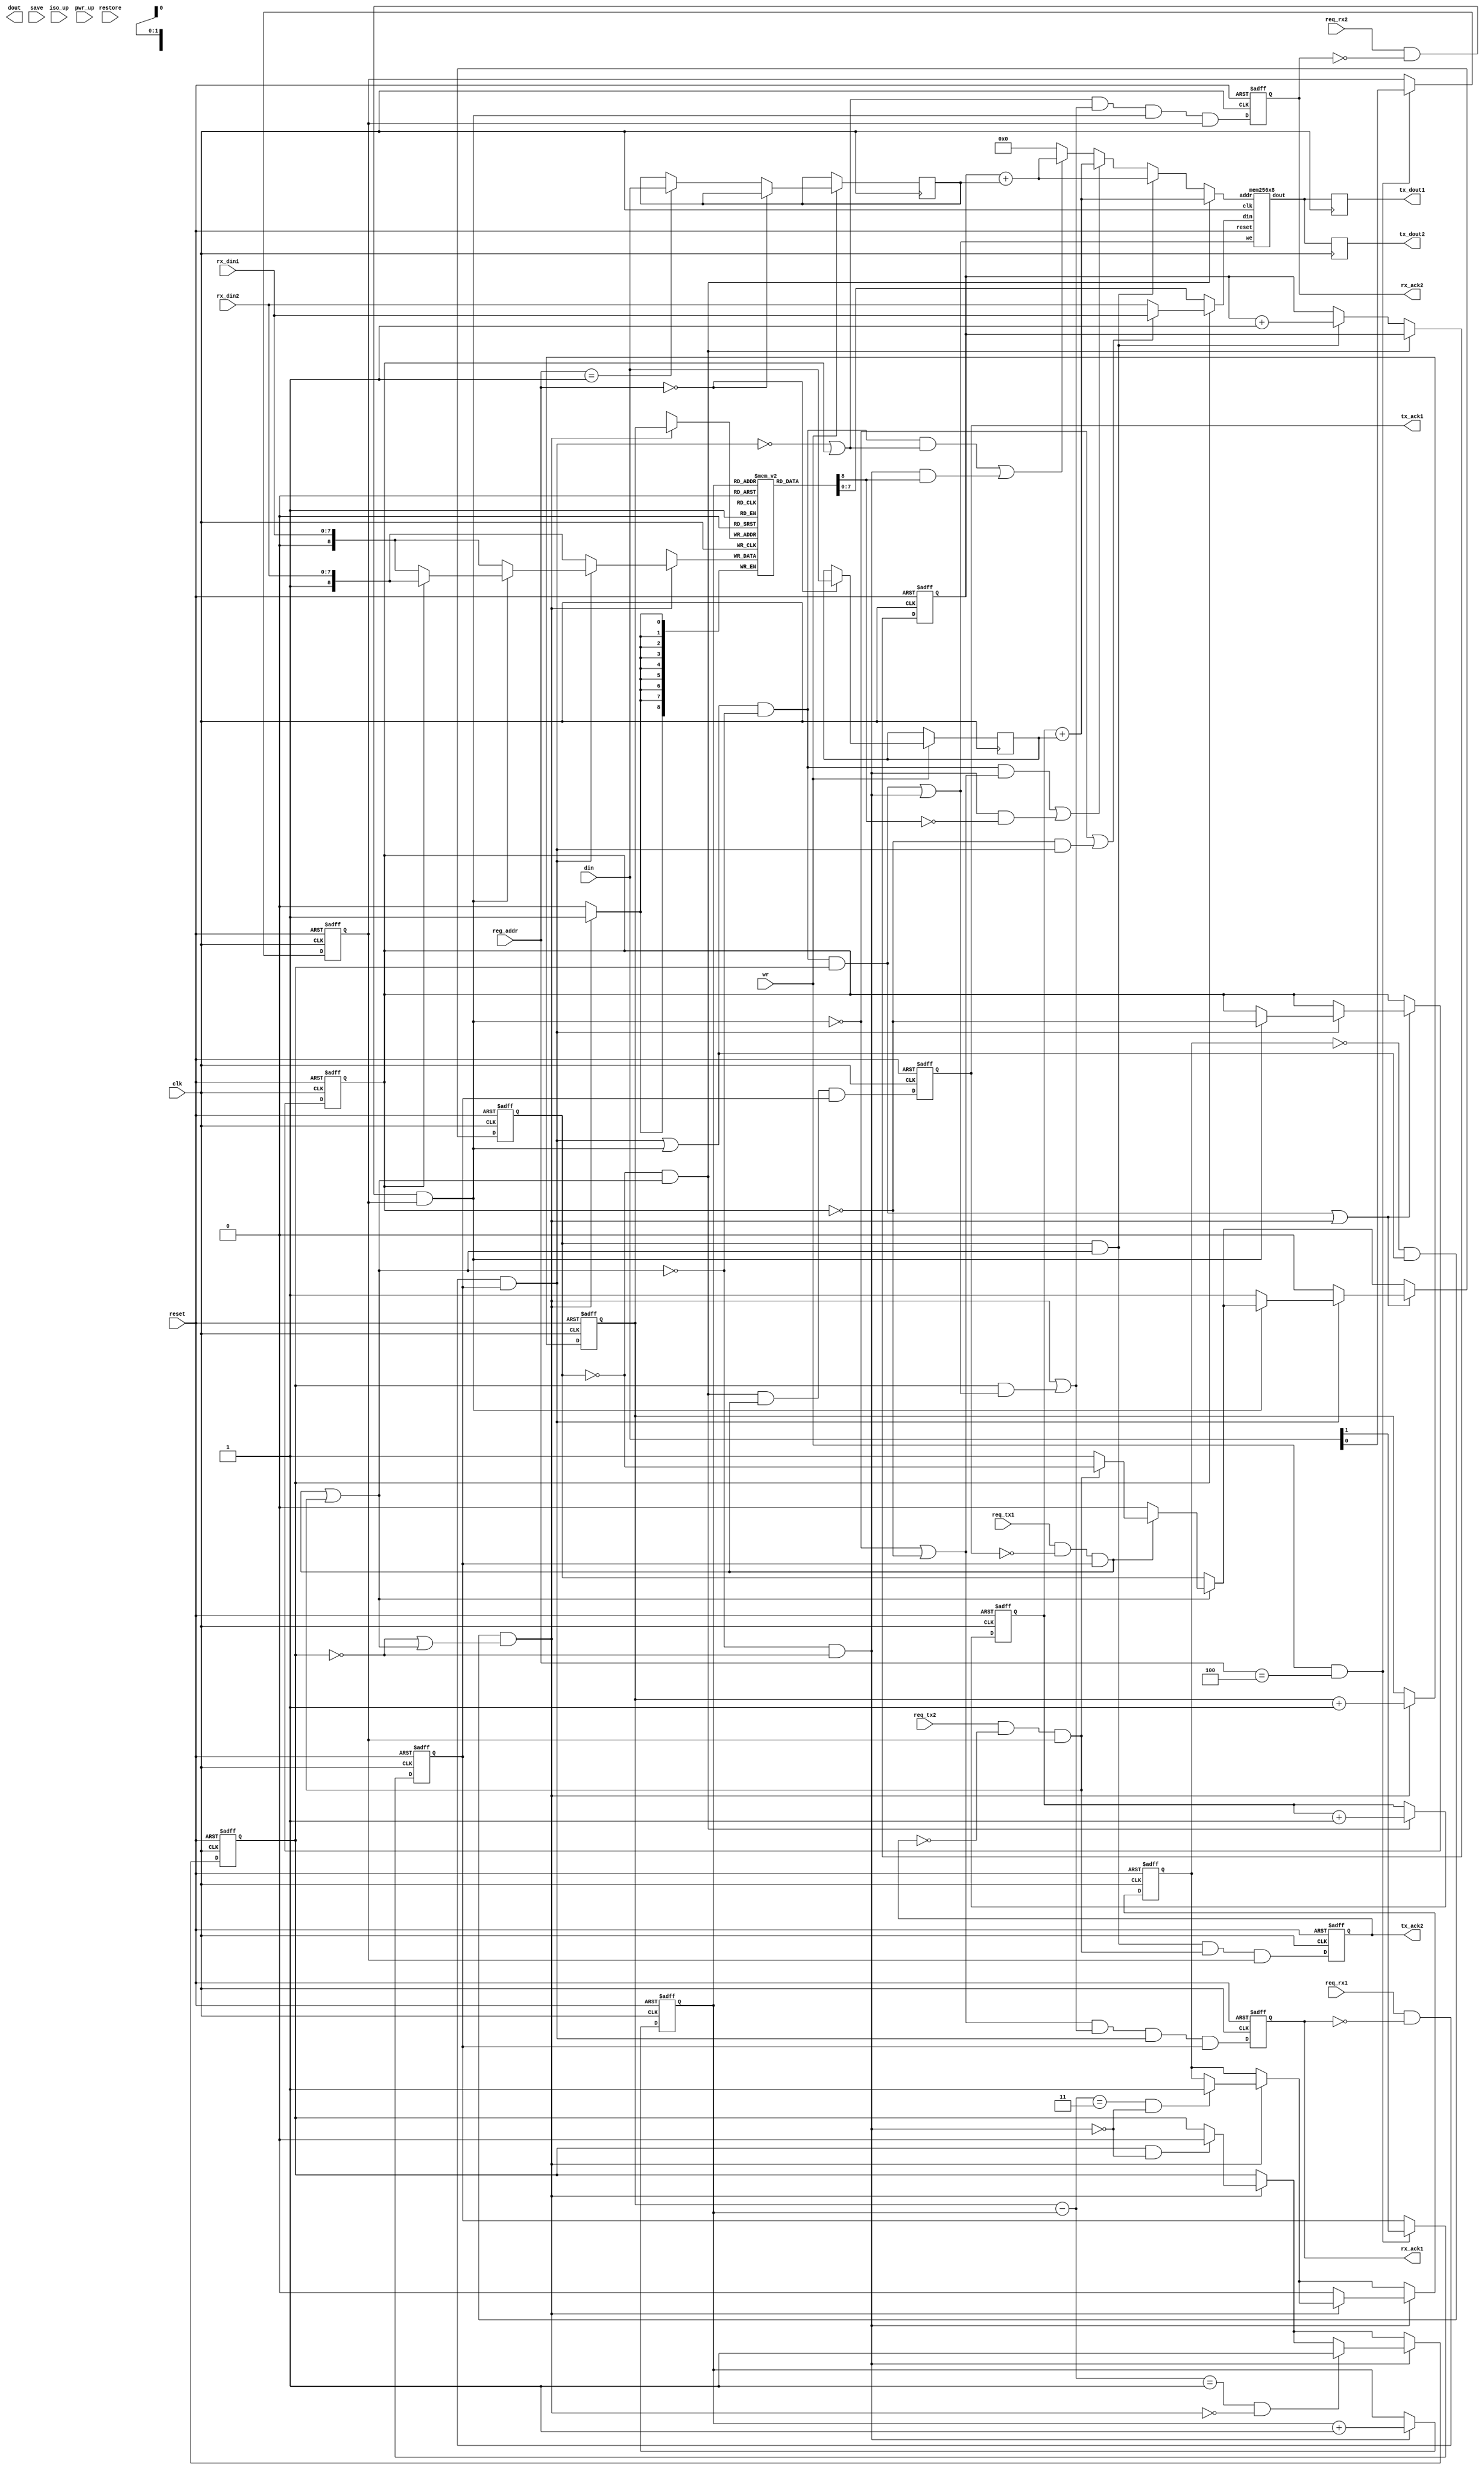
module mem_ctrl (clk, reset, 
		 req_rx1, rx_ack1, rx_din1, 
		 req_rx2, rx_ack2, rx_din2, 
		 req_tx1, tx_ack1, tx_dout1, 
		 req_tx2, tx_ack2, tx_dout2,
                 reg_addr, wr, din, dout, 
		 iso_up, pwr_up, save, restore);

   input clk, reset;
   //from/to rx
   input req_rx1, req_rx2;
   output rx_ack1, rx_ack2;
   input [7:0] din, rx_din1, rx_din2;
   
   //from/to tx
   input       req_tx1, req_tx2;
   output      tx_ack1, tx_ack2;
   output [7:0] dout, tx_dout1, tx_dout2;

   //from power-controller
   input 	iso_up, pwr_up, save, restore; //unconnected

   //from csr
   input 	wr;
   input [2:0] 	reg_addr;
   
   //temp fifo for write in case the memory is busy with reads
   reg [8:0] 	temp_wrdata[0:3];
   reg 		temp_full, temp_empty;
   reg 		rx_ack1;
   reg 		rx_ack2;
   reg 		tx_ack1;
   reg 		tx_ack2;
   
   //configuration of link address space
   reg [7:0] 	link1_addr;
   reg [7:0] 	link2_addr;
   reg [7:0] 	link1_size;
   reg [7:0] 	link2_size;
   reg 		link1_en;
   reg 		link2_en;
   wire [7:0] 	dout;

   wire 	req_rx1_new = req_rx1 && !rx_ack1 && link1_en;
   wire 	req_rx2_new = req_rx2 && !rx_ack2 && link2_en;
   wire 	req_tx1_new = req_tx1 && !tx_ack1 && link1_en;
   wire 	req_tx2_new = req_tx2 && !tx_ack2 && link2_en;

   wire 	req_tx = req_tx1_new | req_tx2_new;
   wire 	req_rx = req_rx1_new | req_rx2_new;
   wire 	temp_we = ~temp_full && req_rx && (!temp_empty|req_tx);
   reg [1:0] 	temp_wptr, temp_rptr;
   wire 	grant_rx = req_rx && !req_tx;
   wire 	grant_tx = req_tx;
   
   wire 	mem_wr = (grant_rx && temp_empty) || (!grant_tx && !temp_empty);
   wire 	temp_pop = !grant_tx && !temp_empty;
   wire [1:0] 	diff_rw = temp_wptr - temp_rptr;
   wire [7:0] 	mem_dout;

   //which rx/tx port is being served
   reg 		tx_toggle, rx_toggle;
   
   
   always @(posedge clk or posedge reset)
     if (reset) begin
        temp_wptr <= 2'b0;
        temp_rptr <= 2'b0;
        temp_empty <= 1'b1;
        temp_full <= 1'b0;
     end
     else begin
        if (temp_we) begin
           temp_wptr <= temp_wptr + 2'd1;
           if ((diff_rw==2'd3) && !temp_pop)
             temp_full <= 1'b1;
           if (temp_empty && !temp_pop)
             temp_empty <= 1'b0;
        end     
        if (temp_pop) begin
           temp_rptr <= temp_rptr + 2'd1;
           if (diff_rw==2'd1 && !temp_we)
             temp_empty <= 1'b1;
           if (!temp_we)
             temp_full <= 1'b0;
        end
     end
   
   reg [8:0] write_data;
   
   always @* 
     begin
        if (~req_rx1_new) write_data = {1'b1, rx_din2};
        else if (~req_rx2_new) write_data = {1'b0, rx_din1};
        else if (~rx_toggle) write_data = {1'b0, rx_din1};
        else write_data = {1'b1, rx_din2};
     end
   
   always @(posedge clk)
     if (temp_we) begin
        temp_wrdata[temp_wptr] <= write_data;
     end
   
   //arbitration
   
   always @(posedge clk or posedge reset)
     if (reset) begin
        rx_ack1 <= 1'b0;
        rx_ack2 <= 1'b0;
        tx_ack1 <= 1'b0;
        tx_ack2 <= 1'b0;
     end
     else begin
        rx_ack1 <= (~req_rx2_new|~rx_toggle) && 
		   (temp_we||(temp_empty&&mem_wr)) && 
		   req_rx1_new && link1_en;
        rx_ack2 <= (~req_rx1_new|rx_toggle) && 
		   (temp_we||(temp_empty&&mem_wr)) && 
		   req_rx2_new && link2_en;
        tx_ack1 <= ~tx_toggle && grant_tx && req_tx1_new && link1_en;
        tx_ack2 <= tx_toggle && grant_tx && req_tx2_new && link2_en;
     end
   
   reg [7:0] tx_dout1;
   reg [7:0] tx_dout2;
   
   wire [7:0] rx_din = (~req_rx2_new|(~rx_toggle&req_rx1_new))? rx_din1:rx_din2;
   wire [8:0] temp_dout = temp_wrdata[temp_rptr];
   wire [7:0] mem_din = temp_empty?rx_din:temp_dout[7:0];


   always @(posedge clk)
     begin
	tx_dout2 <= mem_dout;
	tx_dout1 <= mem_dout;
     end
   
   always @(posedge clk or posedge reset)
     if (reset) begin
	tx_toggle <= 1'b0;
        rx_toggle <= 1'b0;
     end
     else begin
	if (grant_tx) begin
           if (!req_tx1_new) tx_toggle <= 1'b0;
           else if (!req_tx2_new) tx_toggle <= 1'b1;
           else tx_toggle <= ~tx_toggle;
	end
	if ((grant_rx && temp_empty)|temp_we) begin
           if (!req_rx1_new) tx_toggle <= 1'b0;
           else if (!req_rx2_new) tx_toggle <= 1'b1;
           else rx_toggle <= ~rx_toggle;
	end
     end
   
   always @(posedge clk)
     if (wr) begin
	if (reg_addr==3'b0) link1_addr <= din;
	else if (reg_addr==3'b01) link2_addr <= din;
	else if (reg_addr==3'b10) link1_size <= din;
	else if (reg_addr==3'b11) link2_size <= din;
     end
   
   always @(posedge clk or posedge reset)
     if (reset) {link1_en, link2_en} <= 2'b00;
     else if (wr && reg_addr==3'b100)
       {link1_en, link2_en} <= din[1:0];
   
   reg [7:0] link1_rx_cnt;
   reg [7:0] link2_rx_cnt;
   reg [7:0] link1_tx_cnt;
   reg [7:0] link2_tx_cnt;
   wire      tx1_sel = grant_tx && ~tx_toggle;
   wire      tx2_sel = grant_tx && tx_toggle;
   wire      rx1_sel = (grant_rx && (~req_rx2_new|~rx_toggle))||(temp_pop&&~temp_dout[8]);
   wire      rx2_sel = (grant_rx && (~req_rx1_new|rx_toggle))||(temp_pop&&temp_dout[8]);
   
   always @(posedge clk or posedge reset)
     if (reset) begin
        link1_rx_cnt <= 8'b0;
        link2_rx_cnt <= 8'b0;
        link1_tx_cnt <= 8'b0;
        link2_tx_cnt <= 8'b0;
     end
     else begin
        if (tx1_sel) link1_tx_cnt <= link1_tx_cnt + 8'd1;
        else if (tx2_sel) link2_tx_cnt <= link2_tx_cnt + 8'd1;
        else if (rx1_sel) link1_rx_cnt <= link1_rx_cnt + 8'd1;
        else if (rx2_sel) link2_rx_cnt <= link1_rx_cnt + 8'd1;
     end
   
   reg [7:0] mem_addr;
   
   always @* begin
      mem_addr = 8'd0;
      if (tx1_sel) mem_addr = link1_tx_cnt + link1_addr;
      else if (tx2_sel) mem_addr = link2_tx_cnt + link2_addr;
      else if (rx1_sel) mem_addr = link1_tx_cnt + link1_addr;
      else if (rx2_sel) mem_addr = link2_tx_cnt + link2_addr;
   end
   
   mem256x8 mem1(.clk(clk), 
		 .reset(reset), 
		 .din(mem_din), 
		 .dout(mem_dout), 
		 .addr(mem_addr), 
		 .we(mem_wr));
        
endmodule

module mem256x8 (clk, reset, din, dout, addr, we);
   input clk, reset;
   input [7:0] addr;
   input       we;
   input [7:0] din;
   output [7:0] dout;
   
endmodule